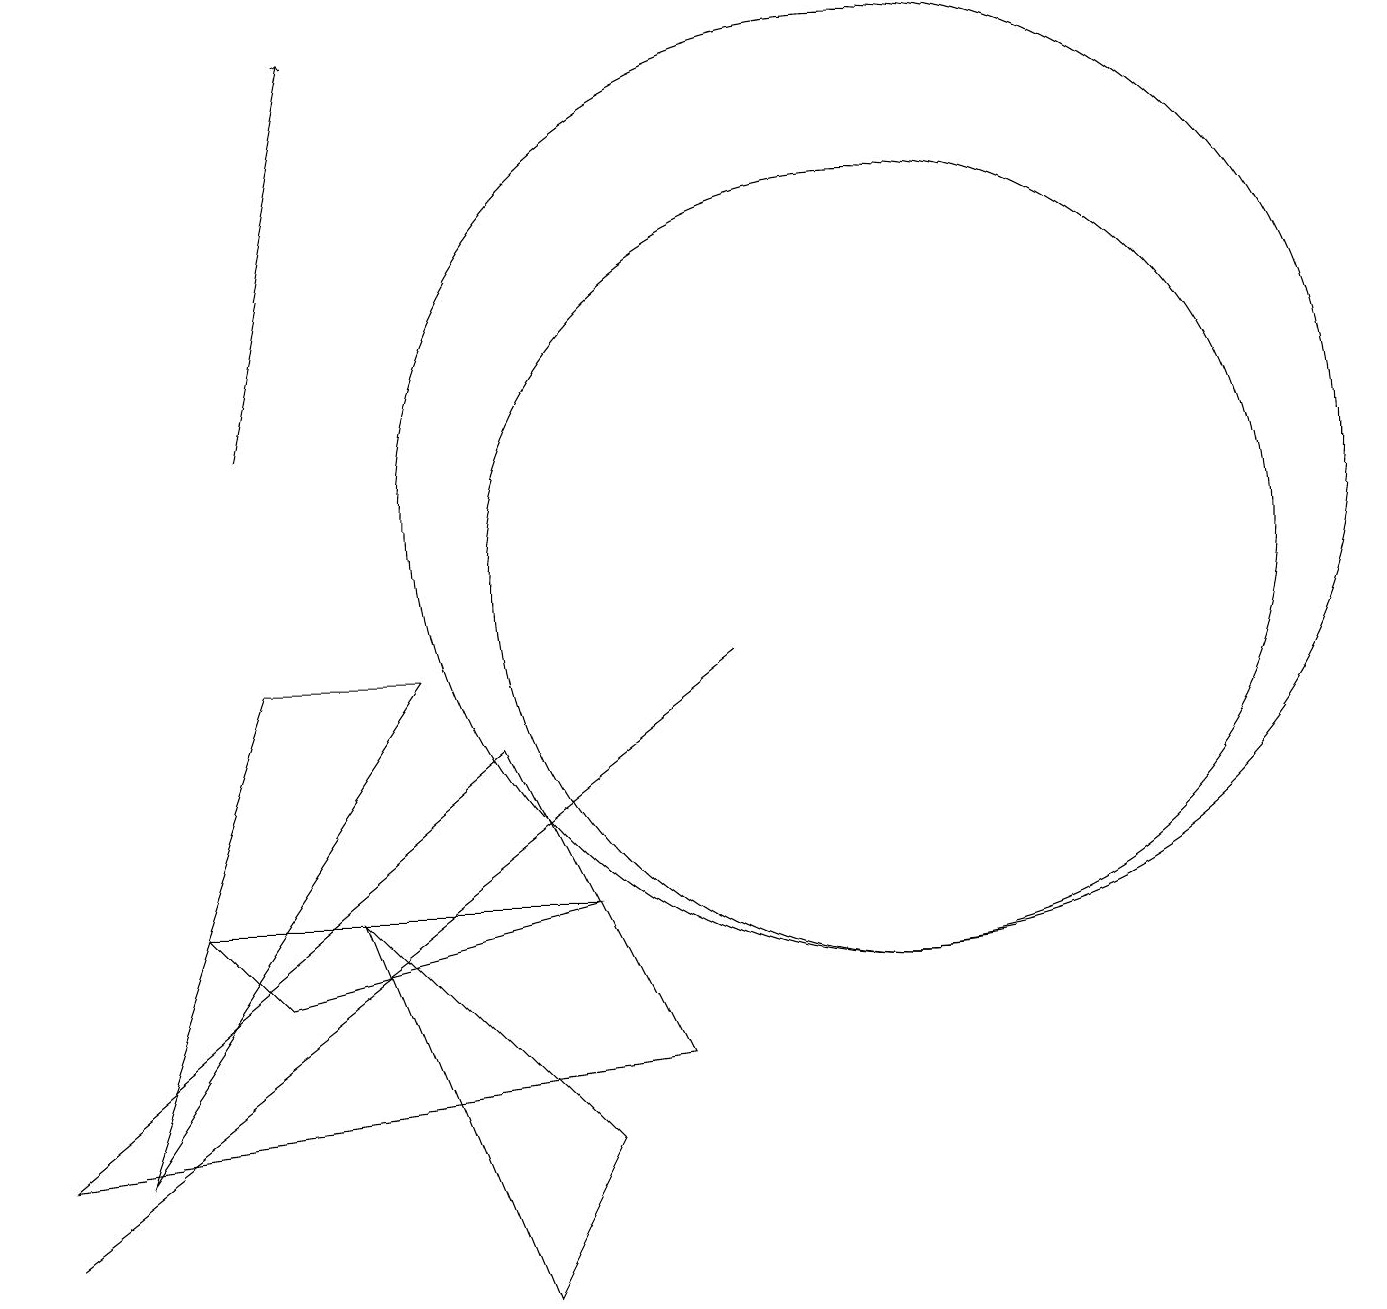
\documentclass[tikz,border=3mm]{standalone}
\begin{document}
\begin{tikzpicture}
\draw (11,10) circle (5);
\draw (9,9) -- (0,2) -- (0,2) -- cycle;
\draw[->] (3,12) -- (4,17);
\draw (0,3) -- (6,8) -- (8,4) -- cycle;
\draw (2,6) -- (3,5) -- (7,6) -- cycle;
\draw (11,11) circle (6);
\draw (5,9) -- (1,3) -- (3,9) -- cycle;
\draw (4,6) -- (6,1) -- (7,3) -- cycle;
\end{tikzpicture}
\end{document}